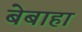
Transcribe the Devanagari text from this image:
बेबाहा